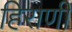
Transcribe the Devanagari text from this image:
हिराणी